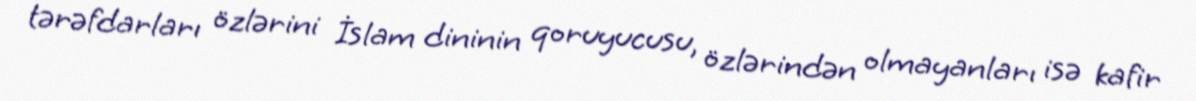
tərəfdarları özlərini İslam dininin qoruyucusu, özlərindən olmayanları isə kafir